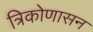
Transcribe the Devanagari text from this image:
त्रिकोणासन